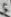
Text: 5